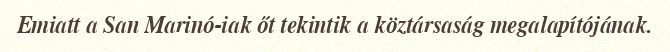
Emiatt a San Marinó-iak őt tekintik a köztársaság megalapítójának.